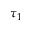
\tau _ { 1 }